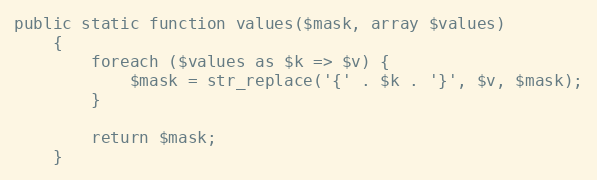
Language: PHP
public static function values($mask, array $values)
    {
        foreach ($values as $k => $v) {
            $mask = str_replace('{' . $k . '}', $v, $mask);
        }

        return $mask;
    }